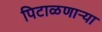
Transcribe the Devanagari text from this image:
पिटाळणाऱ्या